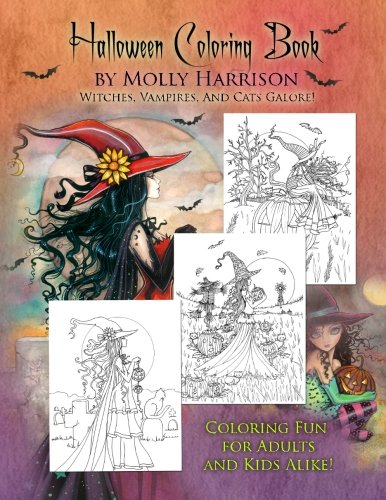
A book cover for Halloween Coloring Book: by Molly Harrison; Molly Harrison; Humor & Entertainment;